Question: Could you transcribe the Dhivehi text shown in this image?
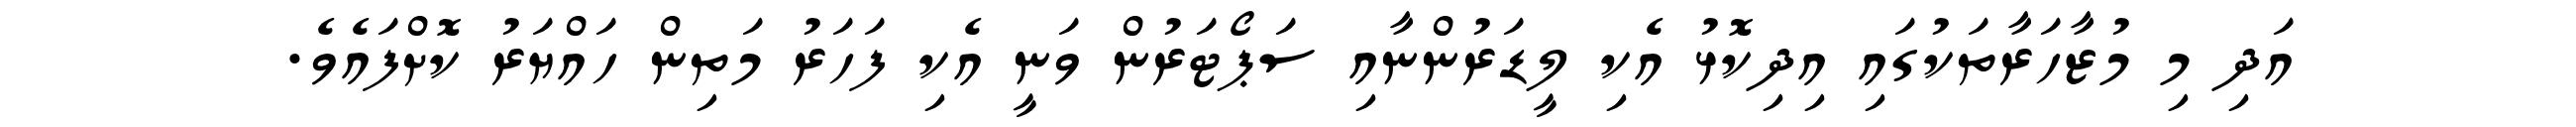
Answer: އަދި މި މުޒާހަރާތަކުގައި އިދިކޮޅު އެކި ލީޑަރުންނާއި ސަޕޯޓަރުން ވަނީ އެކި ފަހަރު މަތިން ހައްޔަރު ކޮށްފައެވެ.